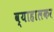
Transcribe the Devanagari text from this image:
व्याहालकर